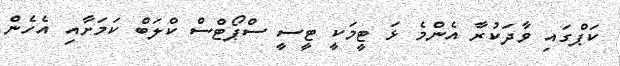
ކަޕްގައި ވާދަކުރާ އެންމެ ޅަ ޓީމަކީ ޓީސީ ސްޕޯޓްސް ކްލަބް ކަމަށާއި އެހެން